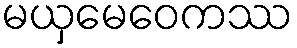
မယှမေဝေကဿ